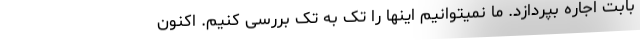
بابت اجاره بپردازد. ما نمیتوانیم اینها را تک به تک بررسی کنیم. اکنون